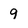
Character: 9